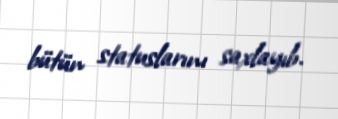
bütün statuslarını saxlayıb.